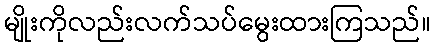
မျိုးကိုလည်းလက်သပ်မွေးထားကြသည်။